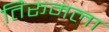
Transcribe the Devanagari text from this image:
तिरूमला